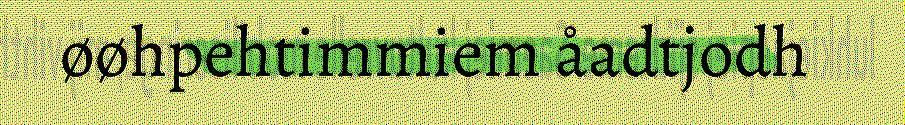
øøhpehtimmiem åadtjodh